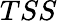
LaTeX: TSS